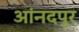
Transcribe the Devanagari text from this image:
आंनदपुर